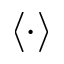
\langle \cdot \rangle